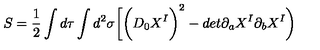
S = \frac { 1 } { 2 } \int d \tau \int d ^ { 2 } \sigma \biggl [ \biggl ( D _ { 0 } X ^ { I } \biggr ) ^ { 2 } - d e t \partial _ { a } X ^ { I } \partial _ { b } X ^ { I } \biggr )